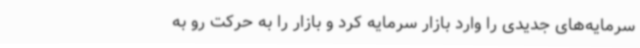
سرمایه‌های جدیدی را وارد بازار سرمایه کرد و بازار را به حرکت رو به